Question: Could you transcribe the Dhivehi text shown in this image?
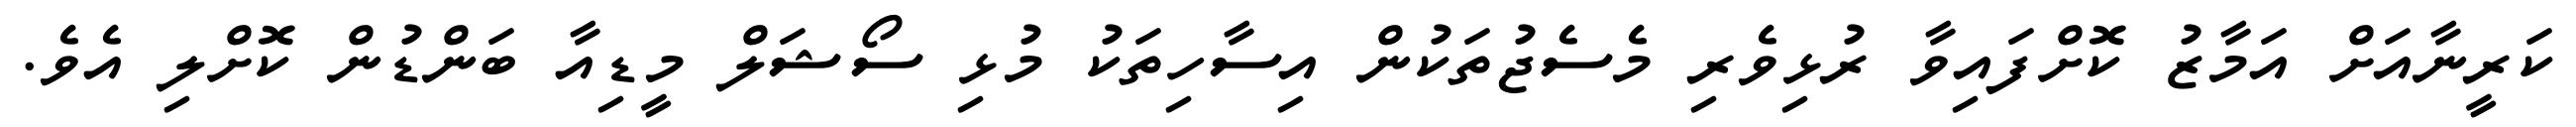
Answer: ކަރީނާއަށް އަމާޒު ކޮށްފައިވާ ރުޅިވެރި މެސެޖުތަކުން އިސާހިތަކު މުޅި ސޯޝަލް މީޑިއާ ބަންޑުން ކޮށްލި އެވެ.